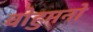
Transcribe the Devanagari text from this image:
वोहुमनो